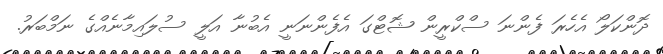
ދޮންކަލޯ އެހެރަ ފެންނަ ސްކްރީން ޝޮޓްގަ އެފެންނަނީ އެބުނާ އަލީ ސުލައިމާނެއްގެ ނަމްބަރު.